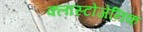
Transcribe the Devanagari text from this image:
क्लास्टोजेनिक